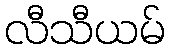
လီသီယမ်